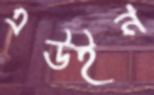
এউইন